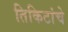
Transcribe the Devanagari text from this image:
तिकिटांचे